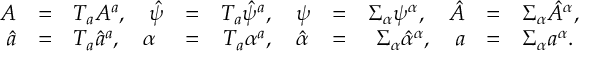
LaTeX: \begin{array} { r c l r c l r c l r c l } { { A } } & { { = } } & { { T _ { a } A ^ { a } , \quad \hat { \psi } } } & { { = } } & { { T _ { a } \hat { \psi } ^ { a } , \quad \psi } } & { { = } } & { { \Sigma _ { \alpha } \psi ^ { \alpha } , \quad \hat { A } } } & { { = } } & { { \Sigma _ { \alpha } \hat { A } ^ { \alpha } , } } & { { } } & { { } } & { { } } \\ { { \hat { a } } } & { { = } } & { { T _ { a } \hat { a } ^ { a } , \quad \alpha } } & { { = } } & { { T _ { a } \alpha ^ { a } , \quad \hat { \alpha } } } & { { = } } & { { \Sigma _ { \alpha } \hat { \alpha } ^ { \alpha } , \quad a } } & { { = } } & { { \Sigma _ { \alpha } a ^ { \alpha } . } } & { { } } & { { } } & { { } } \end{array}